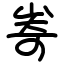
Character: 㟢